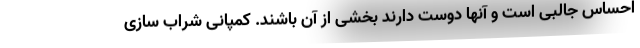
احساس جالبی است و آنها دوست دارند بخشی از آن باشند. کمپانی شراب سازی